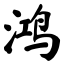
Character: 鸿